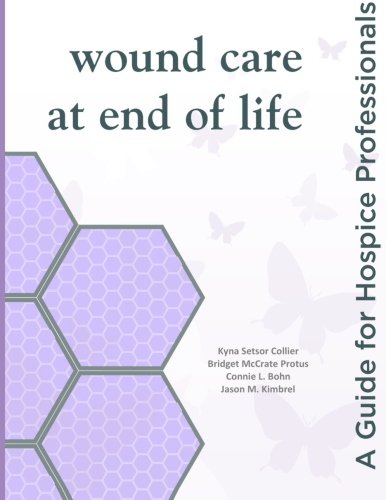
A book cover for Wound Care at End of Life: A Guide for Hospice Professionals; Kyna Setsor Collier; Self-Help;